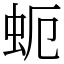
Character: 蚅